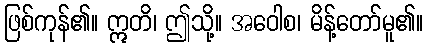
ဖြစ်ကုန်၏။ ဣတိ၊ ဤသို့။ အဝေါစ၊ မိန့်တော်မူ၏။